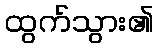
ထွက်သွား၏